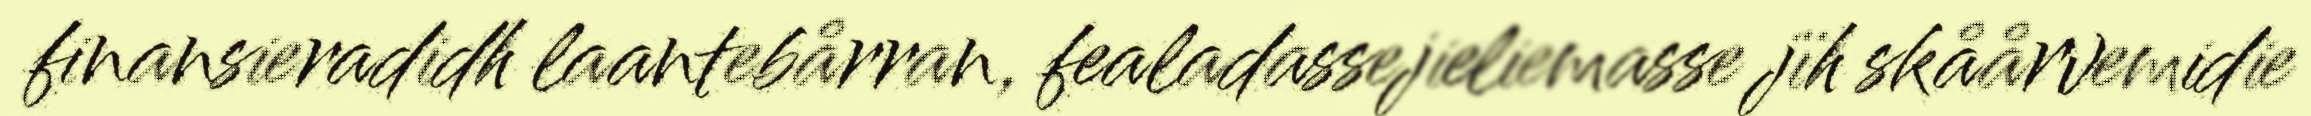
finansieradidh laantebårran, fealadassejieliemasse jïh skåårvemidie